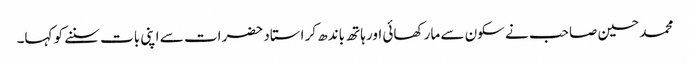
محمد حسین صاحب نے سکون سے مار کھائی اور ہاتھ باندھ کر استاد حضرات سے اپنی بات سننے کو کہا۔